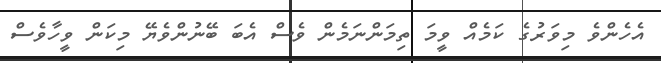
އެހެންވެ މިވަރުގެ ކަމެއް ވީމަ ތިމަންނަމެން ވެސް އެބަ ބޭނުންވެޔޭ މިކަން ވީހާވެސް